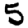
Digit: 5